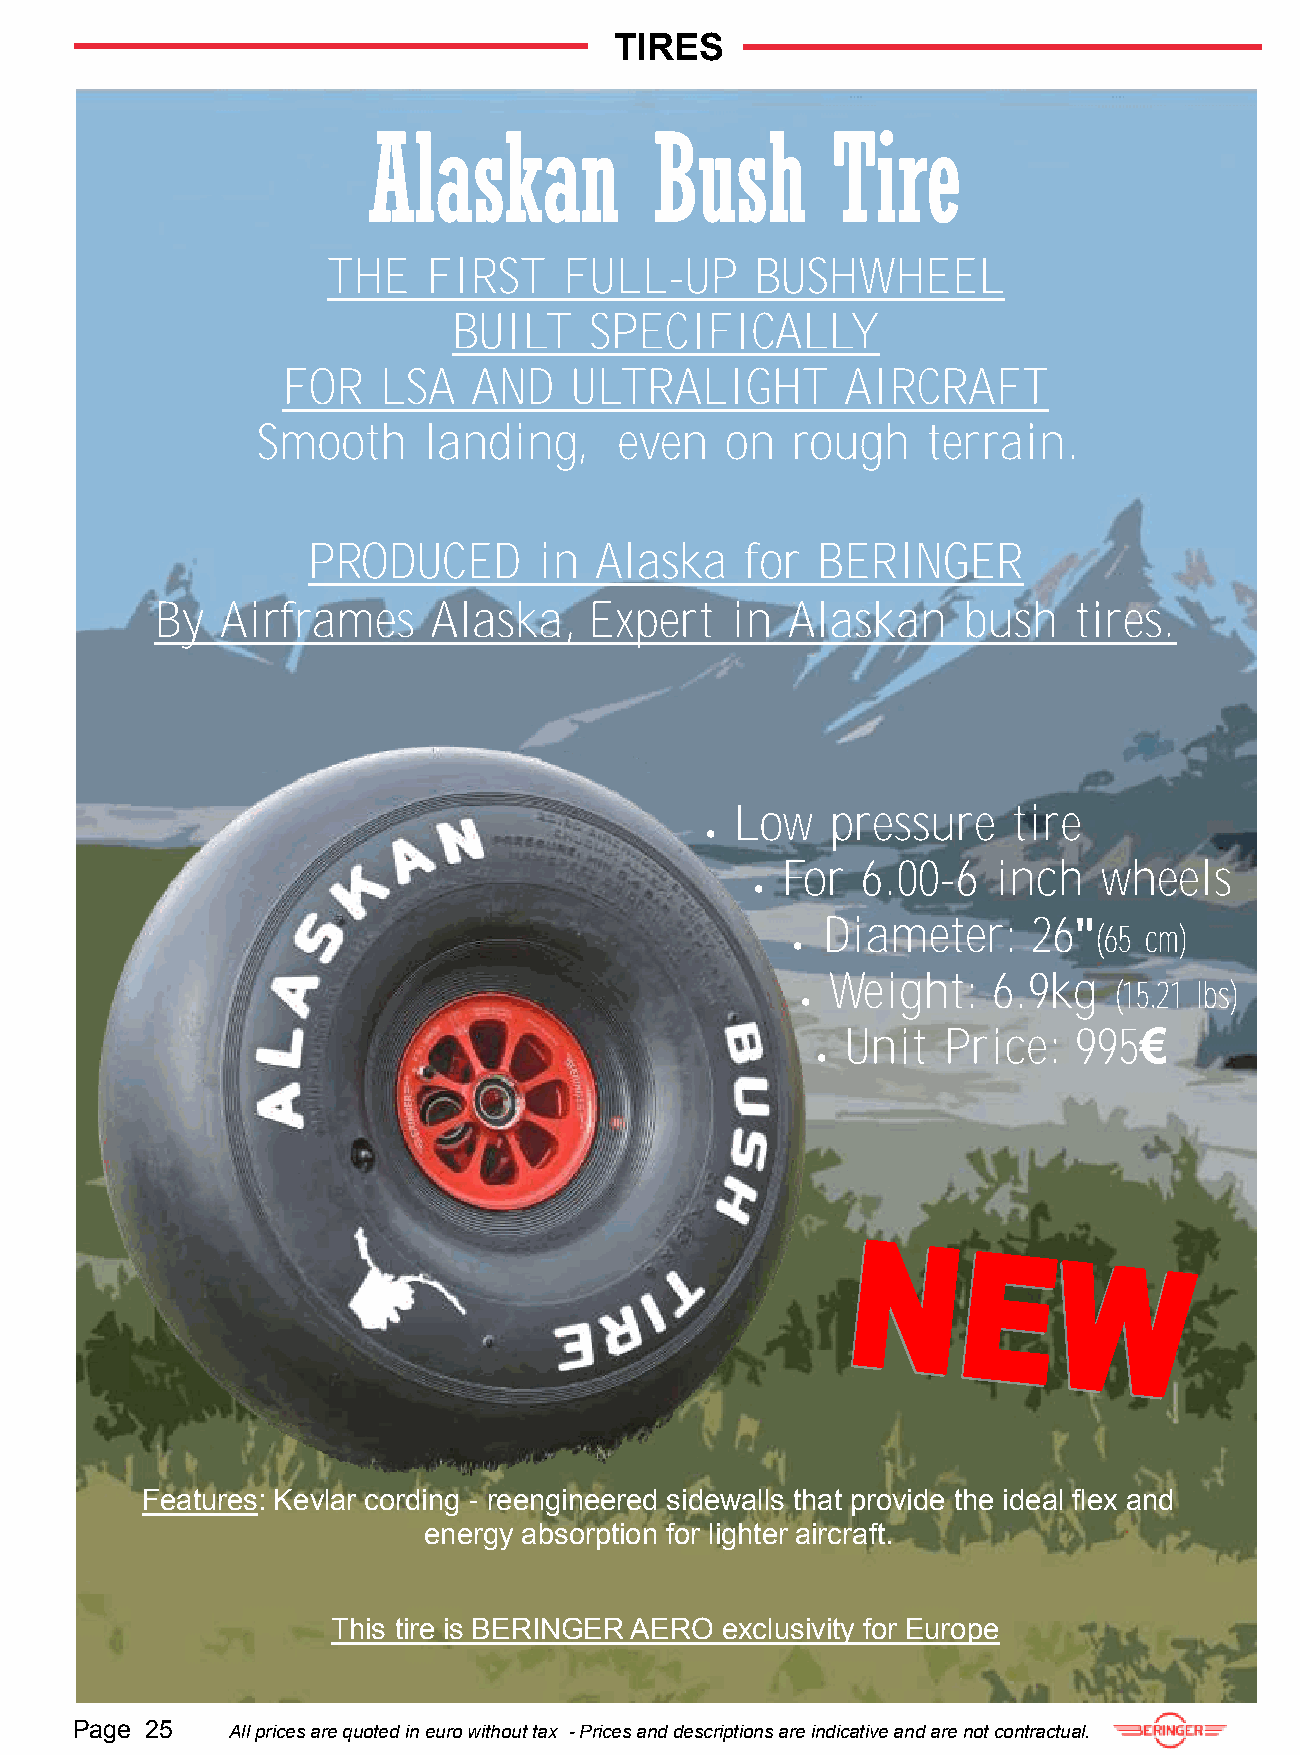
TIRES
 THE   FIRST    FULL-UP      BUSHWHEEL
 BUILT    SPECIFICALLY
 FOR   LSA   AND    ULTRALIGHT        AIRCRAFT
 Smooth     landing,     even   on  rough    terrain.
 PRODUCED        in Alaska    for  BERINGER
 By   Airframes    Alaska,    Expert   in  Alaskan     bush   tires.
 Low   pressure    tire
 
 For  6.00-6   inch   wheels
 
 Diameter:     26"
 (65 cm)
 
 Weight:    6.9kg
 (15.21 lbs)
 
 Unit  Price:   995€
 
 Features: Kevlar cording - reengineered sidewalls that provide the ideal flex and
 energy absorption for lighter aircraft.
 This tire is BERINGER AERO exclusivity for Europe
 Page 25   All prices are quoted in euro without tax - Prices and descriptions are indicative and are not contractual.